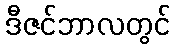
ဒီဇင်ဘာလတွင်